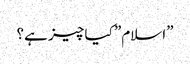
”اسلام” کیا چیز ہے؟